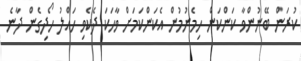
ކުރަން ބޭނުންވާ ކަންކަން ހިމެނުމުން އެކަންކަމަށް ވާހަކަ ދެކެވި ހައްލު ހޯދިގެން ދާނެ